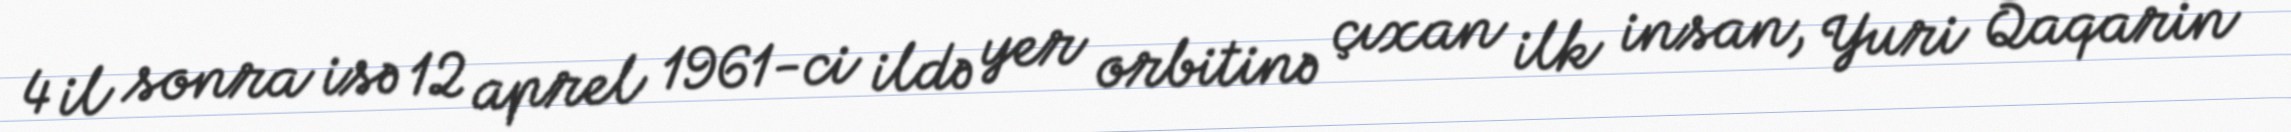
4 il sonra isə 12 aprel 1961-ci ildə yer orbitinə çıxan ilk insan, Yuri Qaqarin